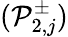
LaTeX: (\mathcal{P}_{2,j}^{\pm})